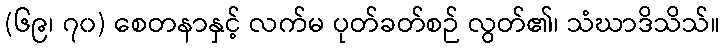
(၆၉၊ ၇၀) စေတနာနှင့် လက်မ ပုတ်ခတ်စဉ် လွတ်၏၊ သံဃာဒိသိသ်။